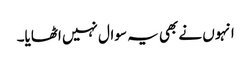
انہوں نے بھی یہ سوال نہیں اٹھایا۔